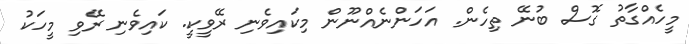
މީހެއްގާތު ގޮސް ބުނޭ ތިހެން. އަހަންނެއްނޫން މިކައިވެނި ރޭވީކީ. ކައިވެނި ރޭވި މީހަކު